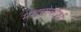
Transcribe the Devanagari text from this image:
माइयोमॉर्फ़ा